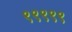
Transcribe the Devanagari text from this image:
९९९९९